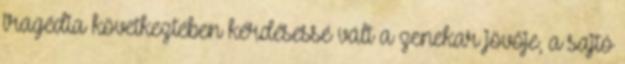
tragédia következtében kérdésessé vált a zenekar jövője, a sajtó